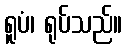
ရူပံ၊ ရုပ်သည်။